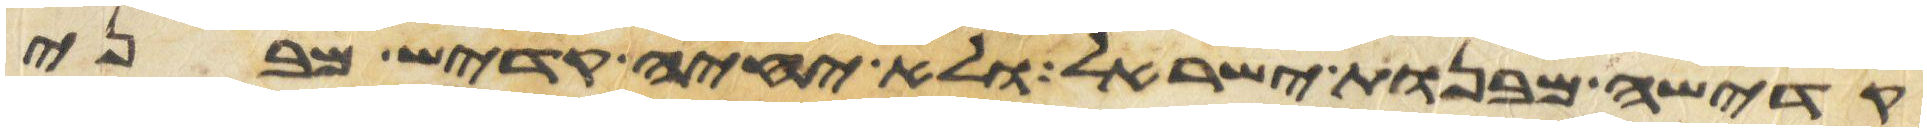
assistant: קדשה מבנות ישראל ולא יחיה קדש מבני